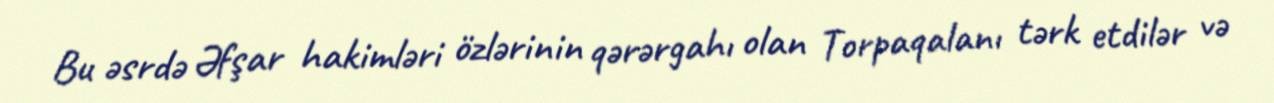
Bu əsrdə Əfşar hakimləri özlərinin qərərgahı olan Torpaqalanı tərk etdilər və